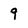
Character: 9